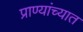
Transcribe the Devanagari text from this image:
प्राण्यांच्यात